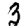
Digit: 3